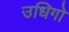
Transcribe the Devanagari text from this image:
उधिगो